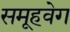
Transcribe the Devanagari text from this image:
समूहवेग